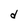
Character: d